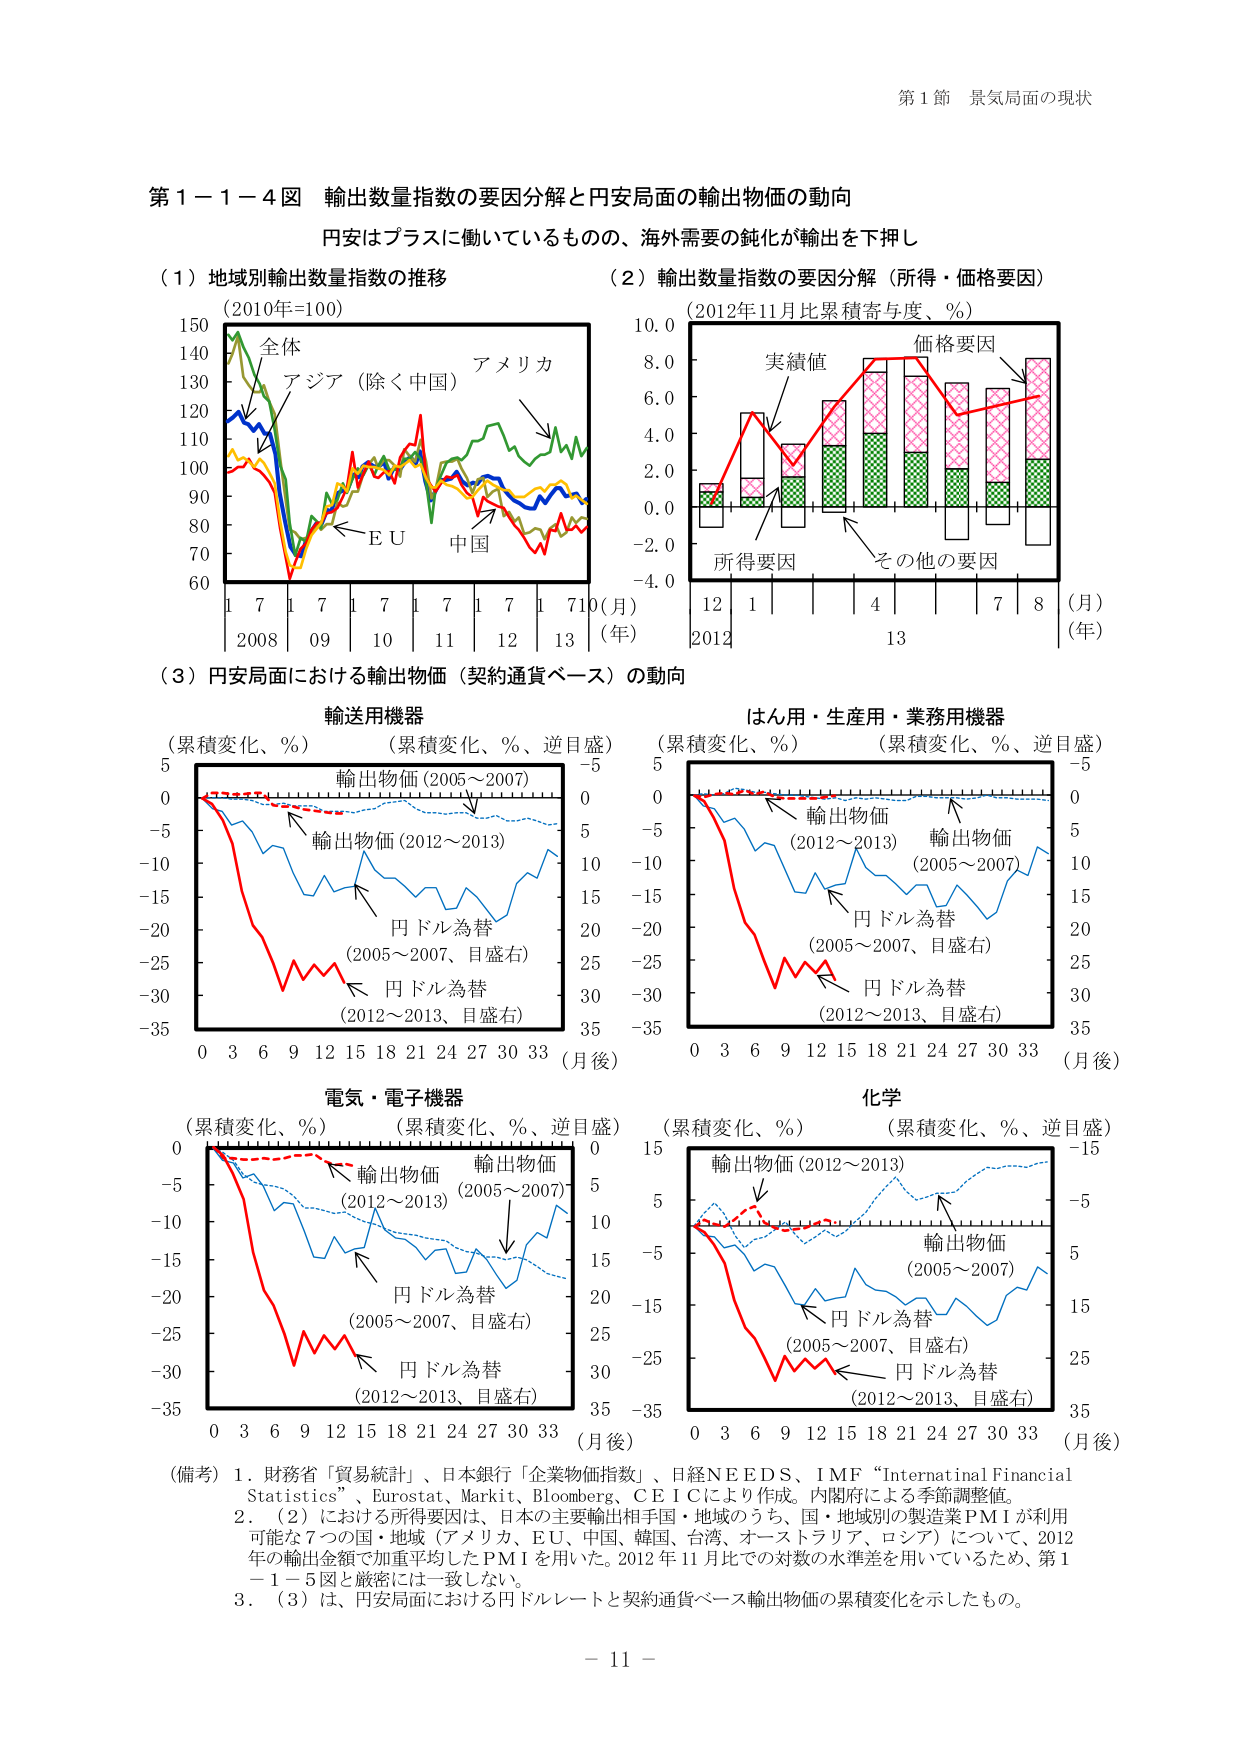
第１節 景気局面の現状

第１－１－４図 輸出数量指数の要因分解と円安局面の輸出物価の動向
円安はプラスに働いているものの、海外需要の鈍化が輸出を下押し

（１）地域別輸出数量指数の推移
（2010年=100）
全体
アジア（除く中国）
アメリカ
ＥＵ
中国
150
140
130
120
110
100
90
80
70
60
1 7 1 7 1 7 1 7 1 7 10（月）
2008 09 10 11 12 13（年）

（２）輸出数量指数の要因分解（所得・価格要因）
（2012年11月比累積寄与度、％）
実績値
価格要因
所得要因
その他の要因
10.0
8.0
6.0
4.0
2.0
0.0
-2.0
-4.0
12 1 4 7 8（月）
2012 13（年）

（３）円安局面における輸出物価（契約通貨ベース）の動向

輸送用機器
（累積変化、％） （累積変化、％、逆目盛）
輸出物価（2005～2007）
輸出物価（2012～2013）
円ドル為替
（2005～2007、目盛右）
円ドル為替
（2012～2013、目盛右）
-35
-30
-25
-20
-15
-10
-5
0
5
0 3 6 9 12 15 18 21 24 27 30 33（月後）

はん用・生産用・業務用機器
（累積変化、％） （累積変化、％、逆目盛）
輸出物価
（2012～2013）
輸出物価
（2005～2007）
円ドル為替
（2005～2007、目盛右）
円ドル為替
（2012～2013、目盛右）
-35
-30
-25
-20
-15
-10
-5
0
5
0 3 6 9 12 15 18 21 24 27 30 33（月後）

電気・電子機器
（累積変化、％） （累積変化、％、逆目盛）
輸出物価
（2012～2013）
輸出物価
（2005～2007）
円ドル為替
（2005～2007、目盛右）
円ドル為替
（2012～2013、目盛右）
-35
-30
-25
-20
-15
-10
-5
0
5
0 3 6 9 12 15 18 21 24 27 30 33（月後）

化学
（累積変化、％） （累積変化、％、逆目盛）
輸出物価（2012～2013）
輸出物価（2005～2007）
円ドル為替
（2005～2007、目盛右）
円ドル為替
（2012～2013、目盛右）
-35
-30
-25
-20
-15
-10
-5
0
5
15
0 3 6 9 12 15 18 21 24 27 30 33（月後）

（備考）1．財務省「貿易統計」、日本銀行「企業物価指数」、日経ＮＥＥＤＳ、ＩＭＦ “International Financial Statistics”、Eurostat、Markit、Bloomberg、ＣＥＩＣにより作成。内閣府による季節調整値。
2．（2）における所得要因は、日本の主要輸出相手国・地域のうち、国・地域別の製造業ＰＭＩが利用可能な7つの国・地域（アメリカ、ＥＵ、中国、韓国、台湾、オーストラリア、ロシア）について、2012年の輸出金額で加重平均したＰＭＩを用いた。2012年11月比での対数の水準差を用いているため、第1－1－5図と厳密には一致しない。
3．（3）は、円安局面における円ドルレートと契約通貨ベース輸出物価の累積変化を示したもの。

－ 11 －